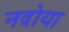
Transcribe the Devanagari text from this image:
नदोया